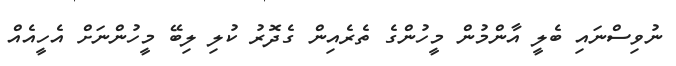
ނުވިސްނައި ބެލީ އާންމުން މީހުންގެ ތެރެއިން ގެދޮރު ކުލި ލިބޭ މީހުންނަށް އެހީއެއް